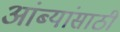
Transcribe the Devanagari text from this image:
आंब्यांसाठी